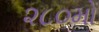
૨૮૦મો